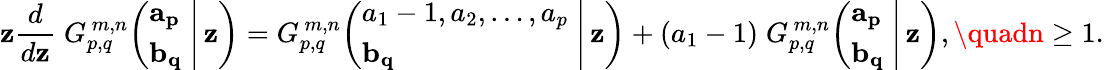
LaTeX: \mathbf{z}{\frac{{d}}{{d\mathbf{z}}}}\; G_{p,q}^{\, m,n}\! \left(\left.{\begin{array}{l}{\mathbf{a_{p}}}\\ {\mathbf{b_{q}}}\end{array}}\; \right|\, \mathbf{z}\right)=G_{p,q}^{\, m,n}\! \left(\left.{\begin{array}{l}{a_{1}-1,a_{2},\dots,a_{p}}\\ {\mathbf{b_{q}}}\end{array}}\; \right|\, \mathbf{z}\right)+(a_{1}-1)\; G_{p,q}^{\, m,n}\! \left(\left.{\begin{array}{l}{\mathbf{a_{p}}}\\ {\mathbf{b_{q}}}\end{array}}\; \right|\, \mathbf{z}\right),\quadn\geq1.